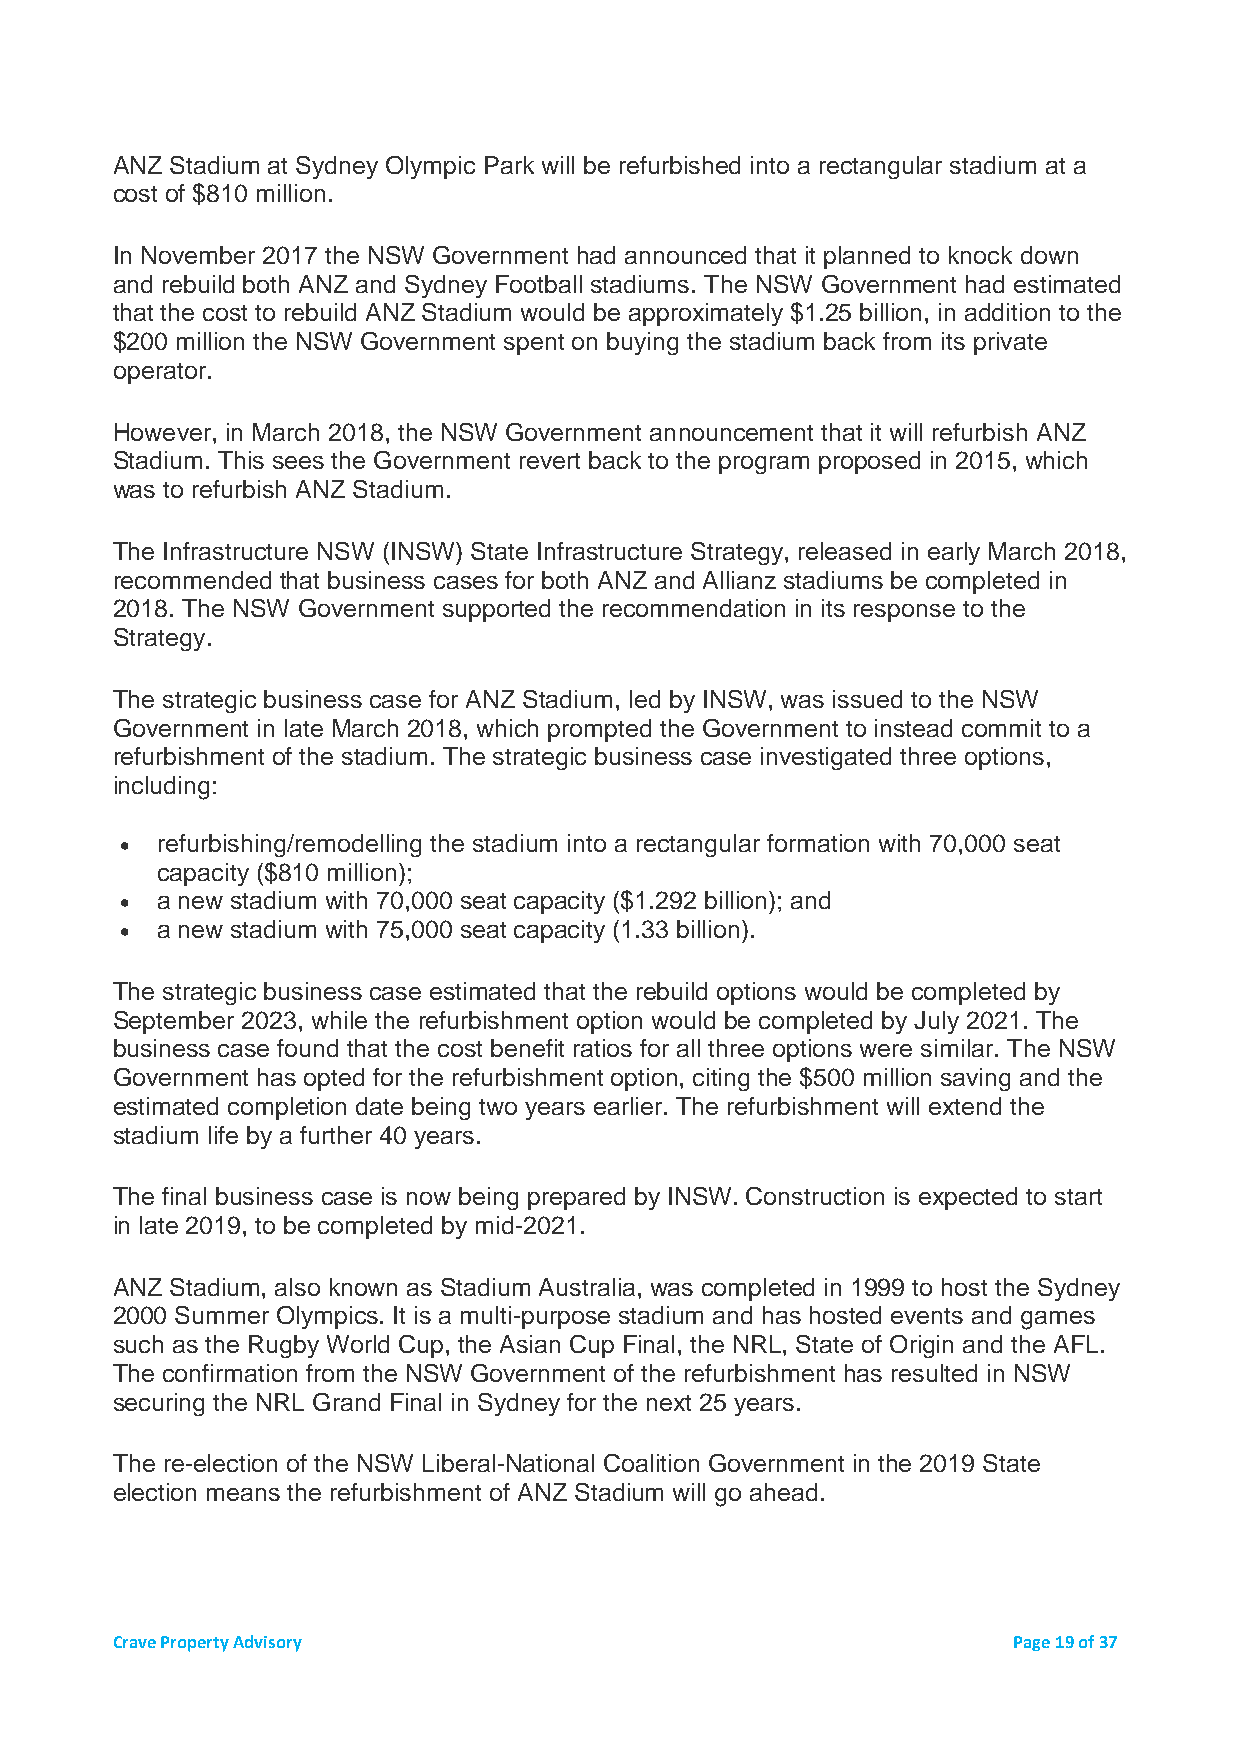
ANZ Stadium at Sydney Olympic Park will be refurbished into a rectangular stadium at a
 cost of $810 million.
 In November 2017 the NSW Government had announced that it planned to knock down
 and rebuild both ANZ and Sydney Football stadiums. The NSW Government had estimated
 that the cost to rebuild ANZ Stadium would be approximately $1.25 billion, in addition to the
 $200 million the NSW Government spent on buying the stadium back from its private
 operator.
 However, in March 2018, the NSW Government announcement that it will refurbish ANZ
 Stadium. This sees the Government revert back to the program proposed in 2015, which
 was to refurbish ANZ Stadium.
 The Infrastructure NSW (INSW) State Infrastructure Strategy, released in early March 2018,
 recommended that business cases for both ANZ and Allianz stadiums be completed in
 2018. The NSW Government supported the recommendation in its response to the
 Strategy.
 The strategic business case for ANZ Stadium, led by INSW, was issued to the NSW
 Government in late March 2018, which prompted the Government to instead commit to a
 refurbishment of the stadium. The strategic business case investigated three options,
 including:
 • refurbishing/remodelling the stadium into a rectangular formation with 70,000 seat
 capacity ($810 million);
 • a new stadium with 70,000 seat capacity ($1.292 billion); and
 • a new stadium with 75,000 seat capacity (1.33 billion).
 The strategic business case estimated that the rebuild options would be completed by
 September 2023, while the refurbishment option would be completed by July 2021. The
 business case found that the cost benefit ratios for all three options were similar. The NSW
 Government has opted for the refurbishment option, citing the $500 million saving and the
 estimated completion date being two years earlier. The refurbishment will extend the
 stadium life by a further 40 years.
 The final business case is now being prepared by INSW. Construction is expected to start
 in late 2019, to be completed by mid-2021.
 ANZ Stadium, also known as Stadium Australia, was completed in 1999 to host the Sydney
 2000 Summer Olympics. It is a multi-purpose stadium and has hosted events and games
 such as the Rugby World Cup, the Asian Cup Final, the NRL, State of Origin and the AFL.
 The confirmation from the NSW Government of the refurbishment has resulted in NSW
 securing the NRL Grand Final in Sydney for the next 25 years.
 The re-election of the NSW Liberal-National Coalition Government in the 2019 State
 election means the refurbishment of ANZ Stadium will go ahead.
 Crave Property Advisory                                     Page 19 of 37